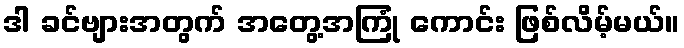
ဒါ ခင်ဗျားအတွက် အတွေ့အကြုံ ကောင်း ဖြစ်လိမ့်မယ်။